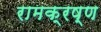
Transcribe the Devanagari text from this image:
रामक्रष्ण